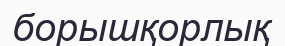
борышқорлық